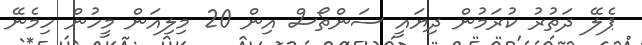
ޕެލޭ ދަތުރު ކުރަމުން ދިޔައީ ސަންތޯސް އިން 20 މިލިއަން މީހުން ހިމެނޭ